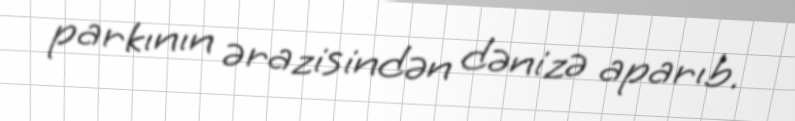
parkının ərazisindən dənizə aparıb.